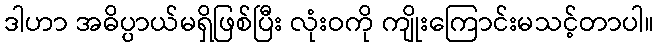
ဒါဟာ အဓိပ္ပာယ်မရှိဖြစ်ပြီး လုံးဝကို ကျိုးကြောင်းမသင့်တာပါ။